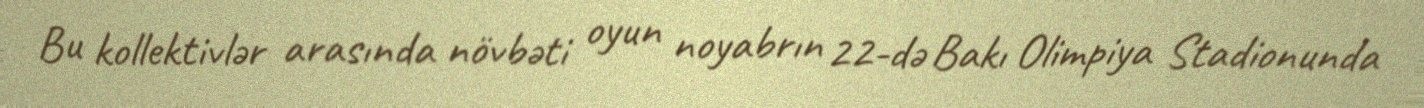
Bu kollektivlər arasında növbəti oyun noyabrın 22-də Bakı Olimpiya Stadionunda